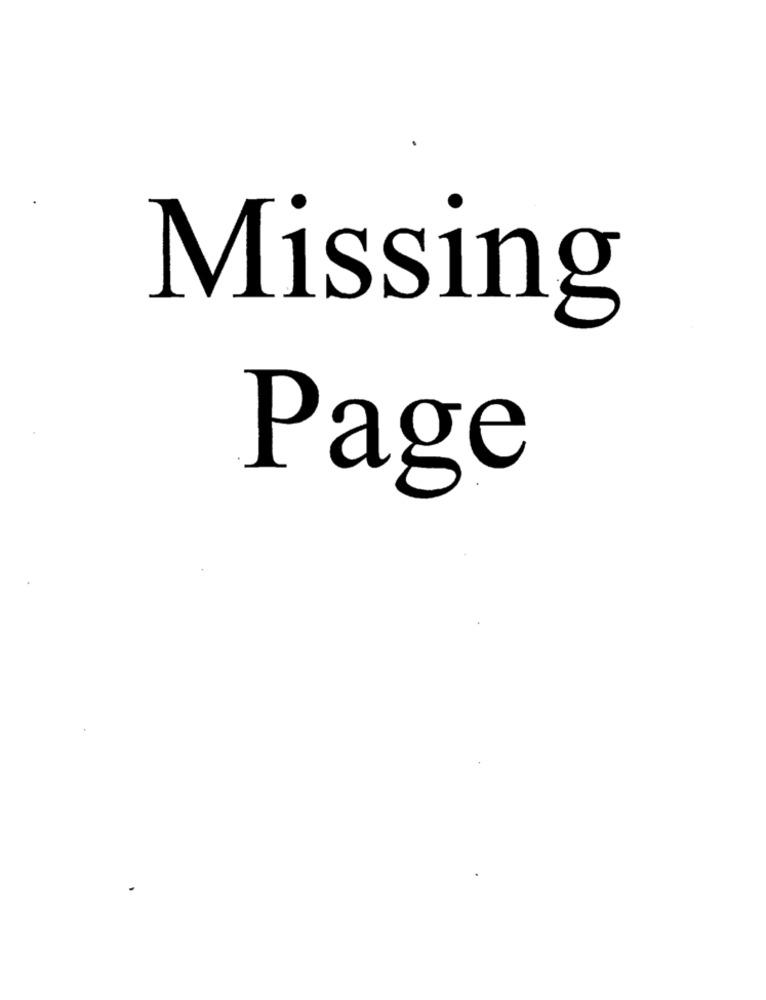
Missing
Page